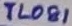
Text: TL081